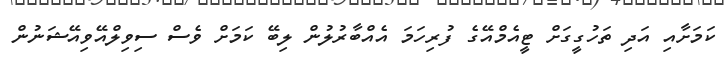
ކަމަށާއި އަދި ތަހުގީގަށް ޓީއެމްއޭގެ ފުރިހަމަ އެއްބާރުލުން ލިބޭ ކަމަށް ވެސް ސިވިލްއޭވިއޭޝަނުން